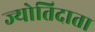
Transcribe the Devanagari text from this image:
ज्योतिदाता